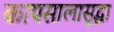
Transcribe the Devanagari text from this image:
कापसालासुद्धा